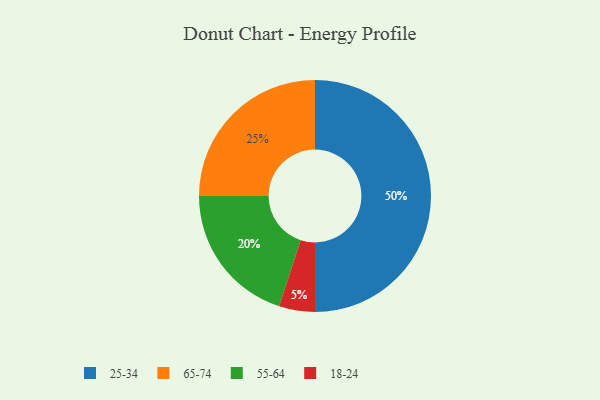
{"axis": {"x": "Category", "y": "Percentage"}, "legend": ["18-24", "25-34", "55-64", "65-74"], "data": [{"x": "18-24", "y": 5, "type": "18-24"}, {"x": "55-64", "y": 20, "type": "55-64"}, {"x": "65-74", "y": 25, "type": "65-74"}, {"x": "25-34", "y": 50, "type": "25-34"}]}